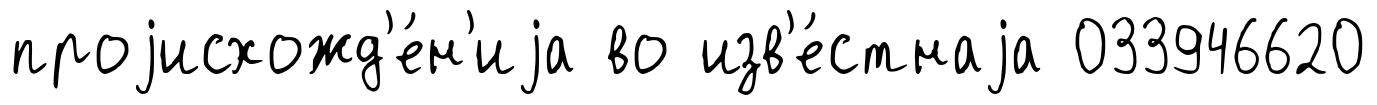
проjисхожд'е́н'иjа во изв'е́стнаjа 033946620